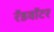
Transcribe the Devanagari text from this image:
रॅडवॉटर